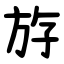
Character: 斿